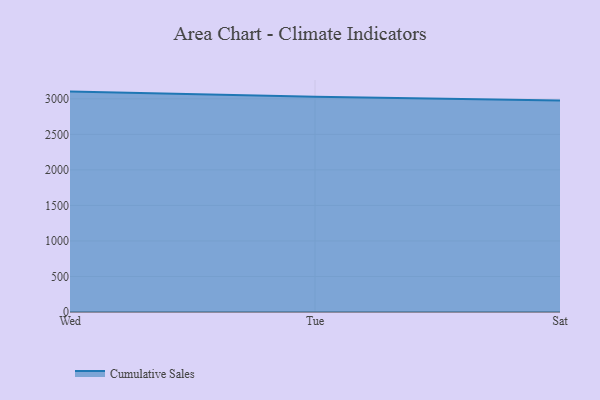
{"axis": {"x": "Day", "y": "Population (Million)"}, "legend": ["Cumulative Sales"], "data": [{"x": "Wed", "y": 3101.8, "type": "Cumulative Sales"}, {"x": "Tue", "y": 3029.9, "type": "Cumulative Sales"}, {"x": "Sat", "y": 2975.8, "type": "Cumulative Sales"}]}